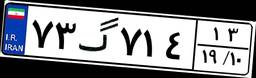
۷۳گ۷۱۴۱۳